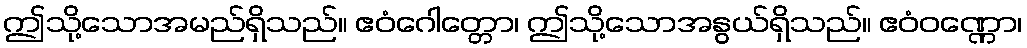
ဤသို့သောအမည်ရှိသည်။ ဧဝံဂေါတ္တော၊ ဤသို့သောအနွယ်ရှိသည်။ ဧဝံဝဏ္ဏော၊